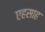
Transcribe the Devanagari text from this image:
एहसाह